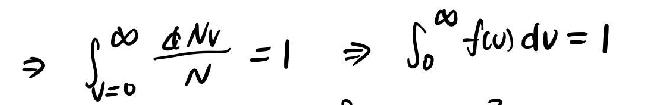
\[ \Rightarrow \int_{v = 0}^{\infty} \frac{\mathrm{d}Nv}{N}=1\Rightarrow\int_{0}^{\infty}f(v)\mathrm{d}v = 1 \]